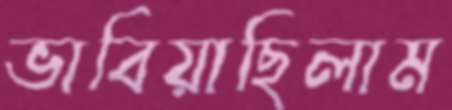
ভাবিয়াছিলাম